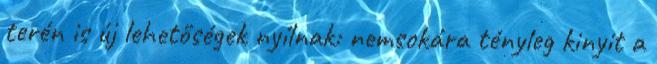
terén is új lehetőségek nyílnak: nemsokára tényleg kinyit a